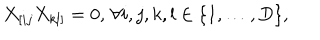
X _ { [ i j } X _ { k l ] } = 0 , \, \forall i , j , k , l \in \{ 1 , \ldots , D \} ,